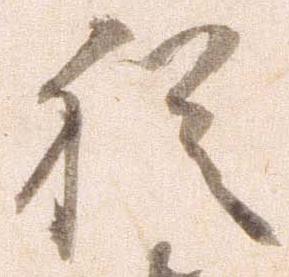
猶